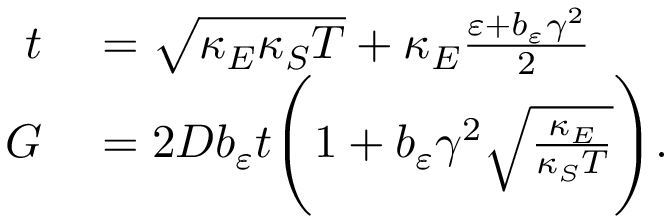
\begin{array} { r l } { t } & { { } = \sqrt { \kappa _ { E } \kappa _ { S } T } + \kappa _ { E } \frac { \varepsilon + b _ { \varepsilon } \gamma ^ { 2 } } { 2 } } \\ { G } & { { } = 2 D b _ { \varepsilon } t \Bigg ( 1 + b _ { \varepsilon } \gamma ^ { 2 } \sqrt { \frac { \kappa _ { E } } { \kappa _ { S } T } } \Bigg ) . } \end{array}